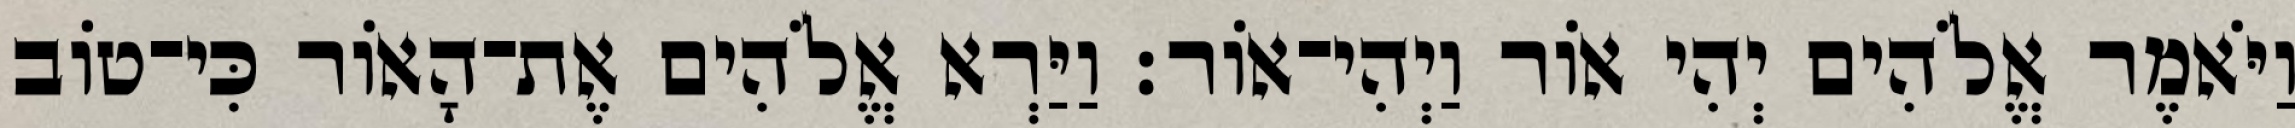
וַיֹּאמֶר אֱלֹהִים יְהִי אֹור וַיְהִי־אֹור׃ וַיַּרְא אֱלֹהִים אֶת־הָאֹור כִּי־טֹוב